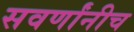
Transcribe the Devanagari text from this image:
सवर्णांनीच